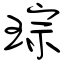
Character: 琮